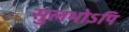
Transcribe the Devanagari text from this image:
सुलभोऽपि